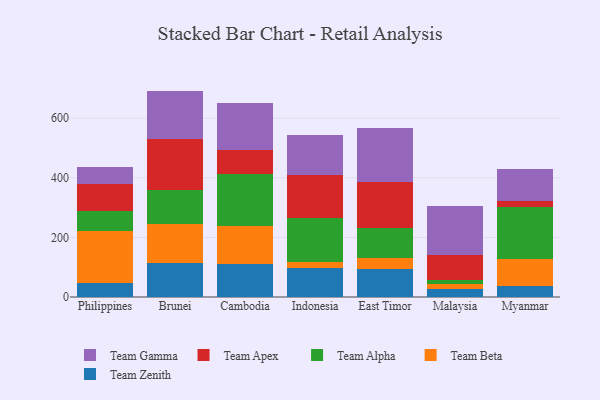
{"axis": {"x": "Country", "y": "Website Visitors"}, "legend": ["Team Alpha", "Team Apex", "Team Beta", "Team Gamma", "Team Zenith"], "data": [{"x": "Philippines", "y": 48.3, "type": "Team Zenith"}, {"x": "Philippines", "y": 172.8, "type": "Team Beta"}, {"x": "Philippines", "y": 66.5, "type": "Team Alpha"}, {"x": "Philippines", "y": 90.1, "type": "Team Apex"}, {"x": "Philippines", "y": 58.2, "type": "Team Gamma"}, {"x": "Brunei", "y": 115.6, "type": "Team Zenith"}, {"x": "Brunei", "y": 127.8, "type": "Team Beta"}, {"x": "Brunei", "y": 114.3, "type": "Team Alpha"}, {"x": "Brunei", "y": 173.6, "type": "Team Apex"}, {"x": "Brunei", "y": 160.5, "type": "Team Gamma"}, {"x": "Cambodia", "y": 111.2, "type": "Team Zenith"}, {"x": "Cambodia", "y": 126.9, "type": "Team Beta"}, {"x": "Cambodia", "y": 176.0, "type": "Team Alpha"}, {"x": "Cambodia", "y": 77.8, "type": "Team Apex"}, {"x": "Cambodia", "y": 159.9, "type": "Team Gamma"}, {"x": "Indonesia", "y": 96.2, "type": "Team Zenith"}, {"x": "Indonesia", "y": 22.5, "type": "Team Beta"}, {"x": "Indonesia", "y": 146.2, "type": "Team Alpha"}, {"x": "Indonesia", "y": 145.1, "type": "Team Apex"}, {"x": "Indonesia", "y": 132.2, "type": "Team Gamma"}, {"x": "East Timor", "y": 93.8, "type": "Team Zenith"}, {"x": "East Timor", "y": 36.2, "type": "Team Beta"}, {"x": "East Timor", "y": 101.3, "type": "Team Alpha"}, {"x": "East Timor", "y": 155.8, "type": "Team Apex"}, {"x": "East Timor", "y": 179.8, "type": "Team Gamma"}, {"x": "Malaysia", "y": 25.3, "type": "Team Zenith"}, {"x": "Malaysia", "y": 20.0, "type": "Team Beta"}, {"x": "Malaysia", "y": 11.9, "type": "Team Alpha"}, {"x": "Malaysia", "y": 84.8, "type": "Team Apex"}, {"x": "Malaysia", "y": 162.5, "type": "Team Gamma"}, {"x": "Myanmar", "y": 36.3, "type": "Team Zenith"}, {"x": "Myanmar", "y": 91.8, "type": "Team Beta"}, {"x": "Myanmar", "y": 174.3, "type": "Team Alpha"}, {"x": "Myanmar", "y": 21.2, "type": "Team Apex"}, {"x": "Myanmar", "y": 105.4, "type": "Team Gamma"}]}